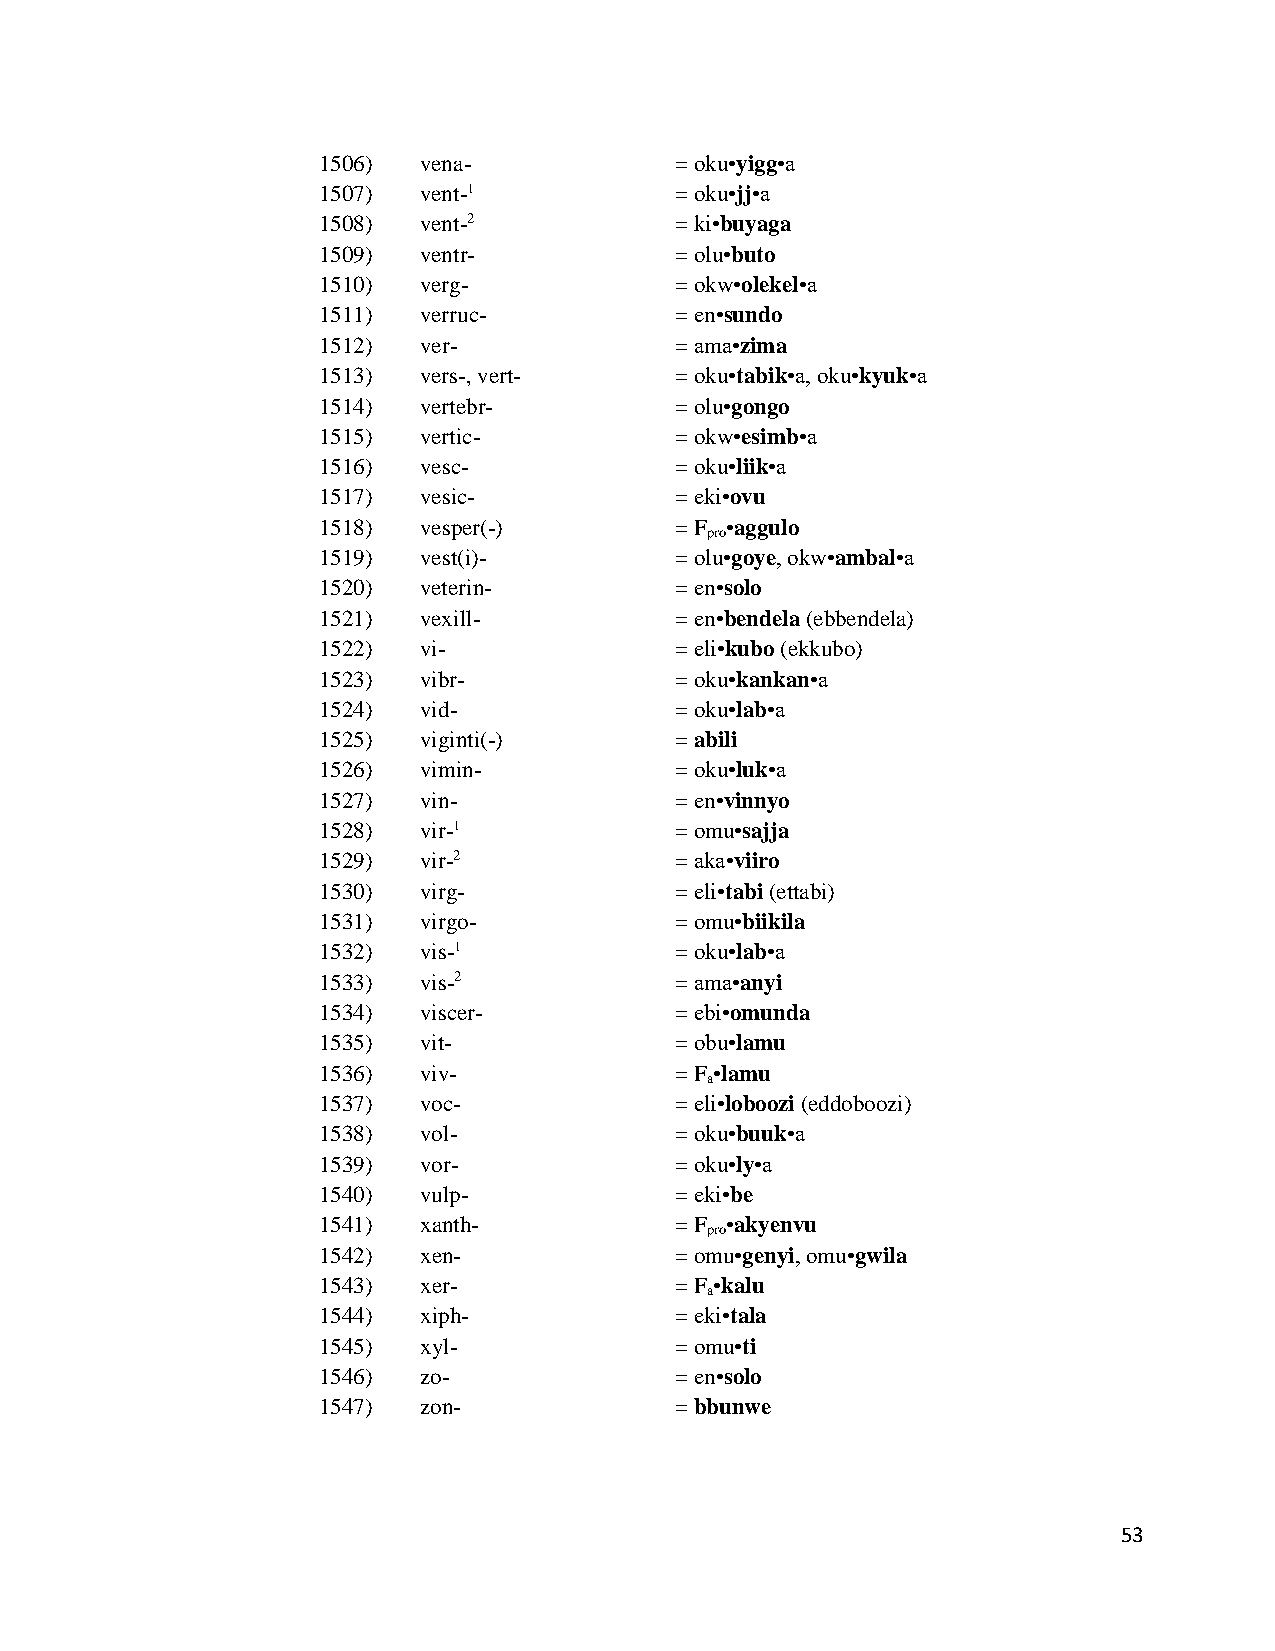
1506)  vena-            = oku•yigg•a
 1507)  vent-1           = oku•jj•a
 1508)  vent-2           = ki•buyaga
 1509)  ventr-           = olu•buto
 1510)  verg-            = okw•olekel•a
 1511)  verruc-          = en•sundo
 1512)  ver-             = ama•zima
 1513)  vers-, vert-     = oku•tabik•a, oku•kyuk•a
 1514)  vertebr-         = olu•gongo
 1515)  vertic-          = okw•esimb•a
 1516)  vesc-            = oku•liik•a
 1517)  vesic-           = eki•ovu
 1518)  vesper(-)        = F •aggulo
 pro
 1519)  vest(i)-         = olu•goye, okw•ambal•a
 1520)  veterin-         = en•solo
 1521)  vexill-          = en•bendela (ebbendela)
 1522)  vi-              = eli•kubo (ekkubo)
 1523)  vibr-            = oku•kankan•a
 1524)  vid-             = oku•lab•a
 1525)  viginti(-)       = abili
 1526)  vimin-           = oku•luk•a
 1527)  vin-             = en•vinnyo
 1528)  vir-1            = omu•sajja
 1529)  vir-2            = aka•viiro
 1530)  virg-            = eli•tabi (ettabi)
 1531)  virgo-           = omu•biikila
 1532)  vis-1            = oku•lab•a
 1533)  vis-2            = ama•anyi
 1534)  viscer-          = ebi•omunda
 1535)  vit-             = obu•lamu
 1536)  viv-             = F •lamu
 a
 1537)  voc-             = eli•loboozi (eddoboozi)
 1538)  vol-             = oku•buuk•a
 1539)  vor-             = oku•ly•a
 1540)  vulp-            = eki•be
 1541)  xanth-           = F •akyenvu
 pro
 1542)  xen-             = omu•genyi, omu•gwila
 1543)  xer-             = F •kalu
 a
 1544)  xiph-            = eki•tala
 1545)  xyl-             = omu•ti
 1546)  zo-              = en•solo
 1547)  zon-             = bbunwe
 53